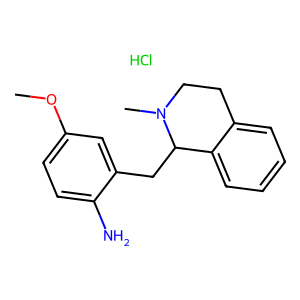
SMILES: COc1ccc(N)c(CC2c3ccccc3CCN2C)c1.Cl
Inhibits HIV replication: No